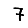
Digit: 7